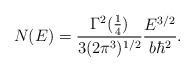
LaTeX: \begin{align*}N(E) = {\Gamma^2({1\over4})\over 3 (2 \pi^3)^{1/2}} {E^{3/2}\over b \hbar^2}.\end{align*}